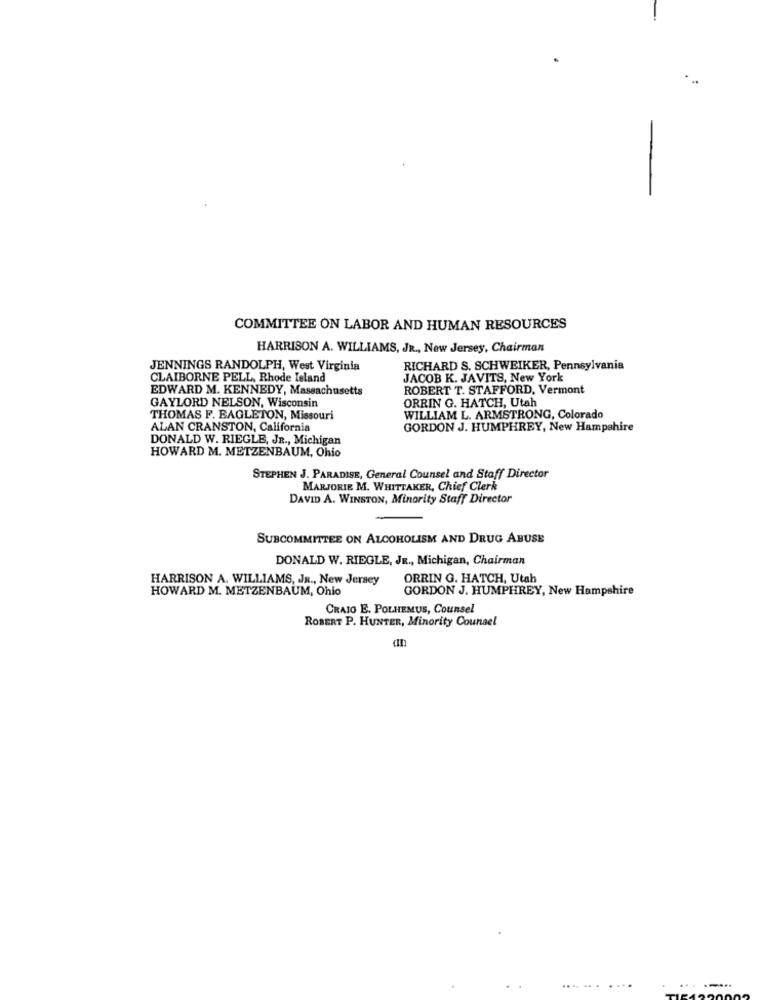
.
COMMITTEE ON LABOR AND HUMAN RESOURCES
HARRISON A. WILLIAMS, JR ., New Jersey, Chairman
JENNINGS RANDOLPH, West Virginia
RICHARD S. SCHWEIKER, Pennsylvania
CLAIBORNE PELL, Rhode Island
JACOB K. JAVITS, New York
EDWARD M. KENNEDY, Massachusetts
ROBERT T. STAFFORD, Vermont
ORRIN G. HATCH, Utah
GAYLORD NELSON, Wisconsin
THOMAS F. BAGLETON, Missouri
WILLIAM L. ARMSTRONG, Colorado
ALAN CRANSTON, California
GORDON J. HUMPHREY, New Hampshire
DONALD W. RIEGLE, JR ., Michigan
HOWARD M. METZENBAUM, Ohio
STEPHEN J. PARADISE, General Counsel and Staff Director
MARJORIE M. WHITTAKER, Chief Clerk
DAVID A. WINSTON, Minority Staff Director
SUBCOMMITTEE ON ALCOHOLISM AND DRUG ABUSE
DONALD W. RIEGLE, JR ., Michigan, Chairman
HARRISON A. WILLIAMS, JR ., New Jersey
ORRIN G. HATCH, Utah
HOWARD M. METZENBAUM, Ohio
GORDON J. HUMPHREY, New Hampshire
CRAIO E. POLHEMUS, Counsel
ROBERT P. HUNTER, Minority Counsel
....
.....